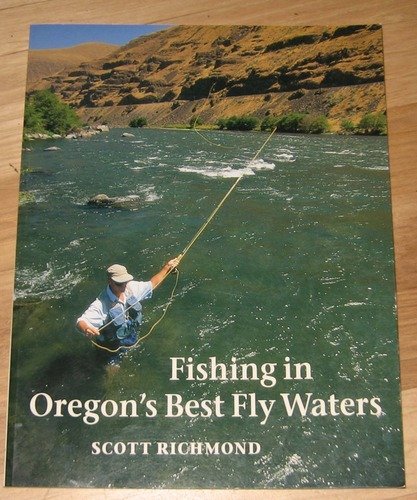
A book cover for Fishing in Oregon's Best Fly Waters; Scott Richmond; Travel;